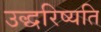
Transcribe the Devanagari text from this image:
उद्धरिष्यति